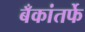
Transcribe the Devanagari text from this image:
बँकांतर्फे